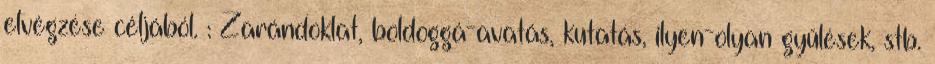
elvégzése céljából. : Zarándoklat, boldoggá-avatás, kutatás, ilyen-olyan gyűlések, stb.